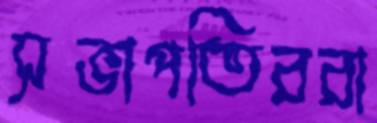
সভাপতিররা